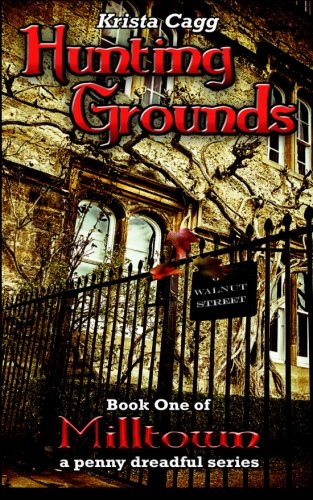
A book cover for Hunting Grounds: a penny dreadful (Milltown) (Volume 1); Krista Cagg; Science Fiction & Fantasy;